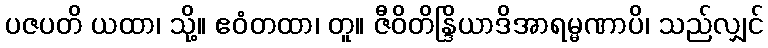
ပဇပတိ ယထာ၊ သို့။ ဧဝံတထာ၊ တူ။ ဇီဝိတိန္ဒြိယာဒိအာရမ္မဏာပိ၊ သည်လျှင်